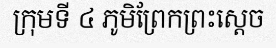
ក្រុមទី ៤ ភូមិព្រែកព្រះស្តេច